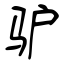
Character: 驴